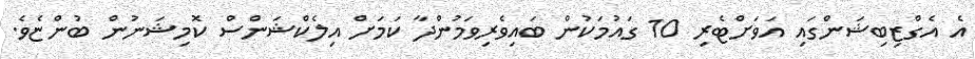
އެ އެގްޒިބިޝަންގައި އަވަށްޓެރި 10 ގައުމަކުން ބައިވެރިވަމުންދާ ކަމަށް އިލެކްޝަންސް ކޮމިޝަނުން ބުންޏެވެ.